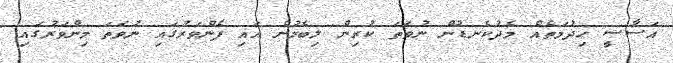
އަސާސީ ހިދުމަތެއް މެދުކެނޑުން ނުވަތަ ކުރިން ލިބެމުން އައި ފެންވަރުގައި ނުވަތަ މިންވަރުގައި